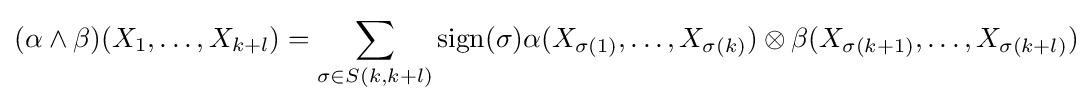
(\alpha \wedge \beta )(X_{1},\ldots ,X_{k+l})=\sum _{\sigma \in S(k,k+l)}{\text{sign}}(\sigma )\alpha (X_{\sigma (1)},\ldots ,X_{\sigma (k)})\otimes \beta (X_{\sigma (k+1)},\ldots ,X_{\sigma (k+l)})